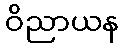
ဝိညာယန